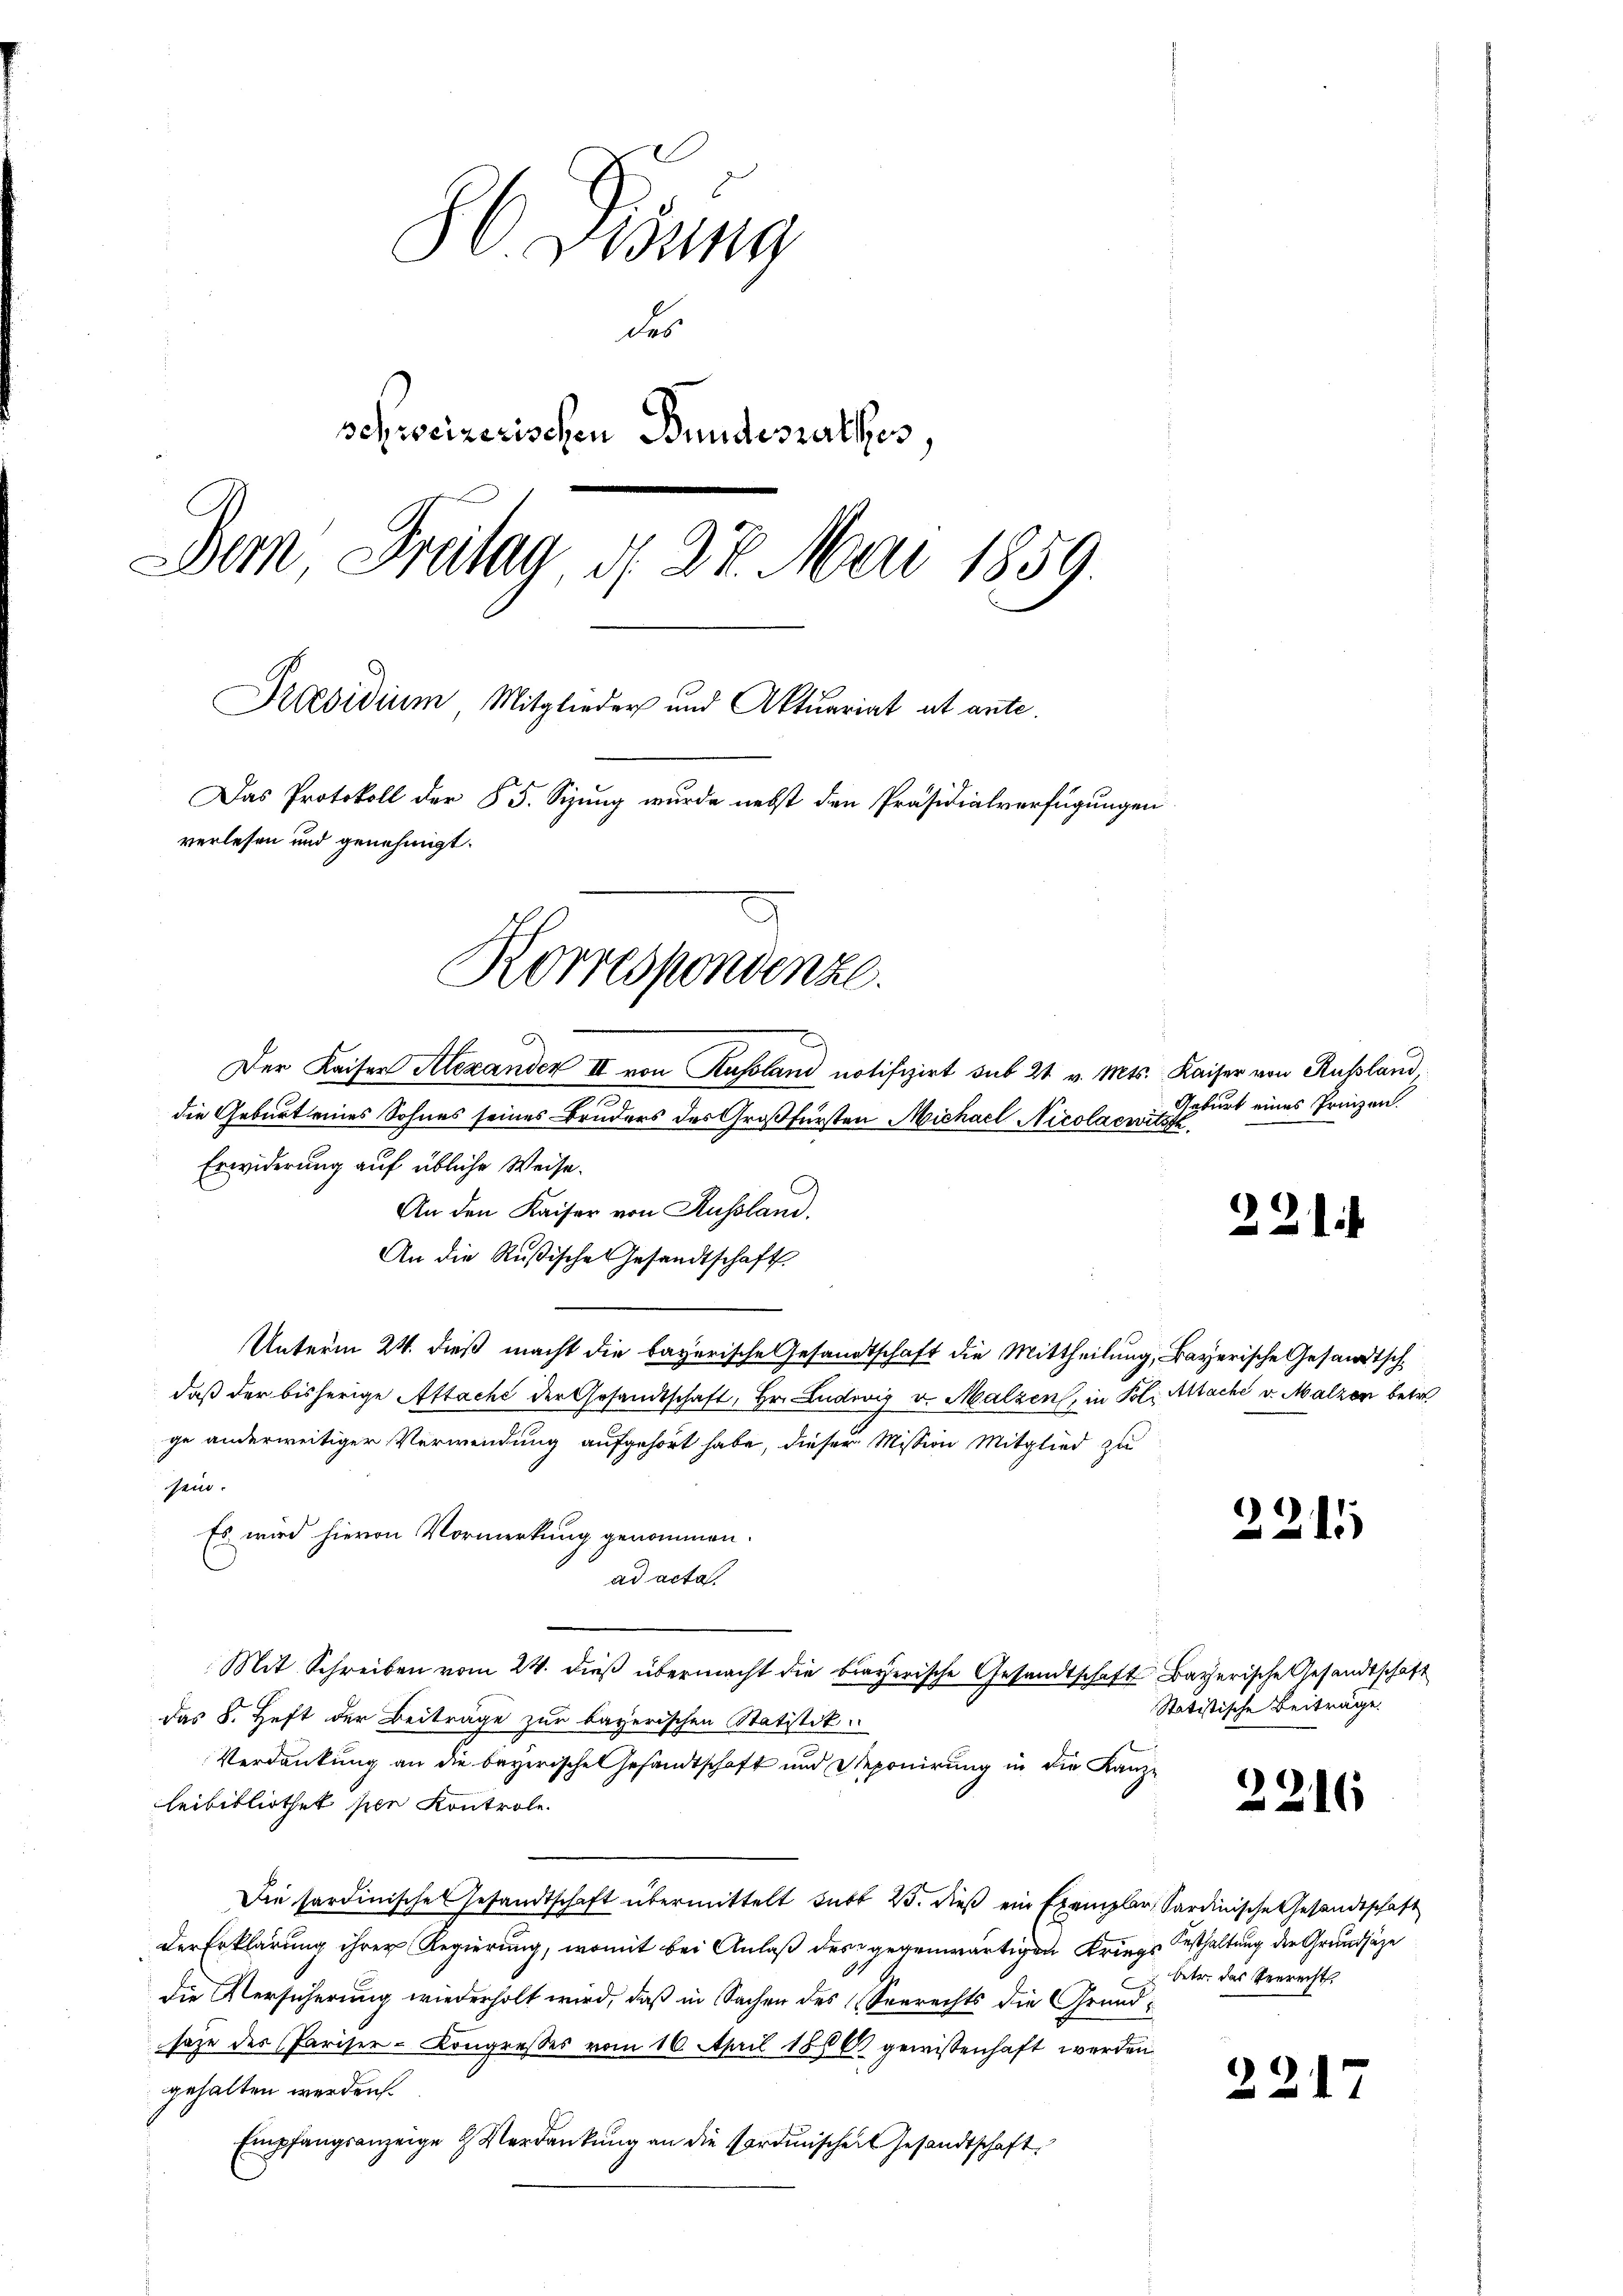
86 Pisung
des
schweizerischen Bundesrathes,
Dem Freitag, d. 27. Mai 1859.
Praesidium, Mitglieder und Aktuariat et ante.
Das Protokoll der 65. Sizung wurde nebst den Präsidialverfügungen
verlesen und genehmigt.
Korrespondenze.

73.
die Geburt eines Sohnes seines Bruders des Großfürsten Michael Nicolaewitzth
Erwiderung auf übliche Weise.
An den Kaiser von Russland.
An die Rußisches Gesandtschaft
Unterm 24. dieß macht die bayerische Gesandtschaft die Mittheilung, Bayerische Gesandtsch
daß der bisherige Attache der Gesandtschaft, Hr. Ludwig v. Malzen, in Pol. Mache v. Malzen betr
ge anderweitiger Verwendung aufgehört habe, dieser Mission Mitglied zu
sein.
Es wird hievon Vormerkung genommen.
ad acta
Mit Schreiben vom 24. dieß übermacht die braverische Gesandtschaft Bayerische Gesandtschaft
das 8. Heft der Beiträge zur bayerischen Statistik.
Verdankung an die bayerische Gesandtschaft und Deponirung in die Kanzleibibliothet sie Kontrole.
Die sardinische Gesandtschaft übermittelt subt 25. dieß ein Exemplar Sardinische Gesandtschaft
der Erklärung ihrer Regierung, womit bei Anlaß der gegenwärtigen Kriegs festhaltung der Grundsätze
die Versicherung wiederholt wird, daß in Sachen des Seerechts die Grundsage des Pariser-Kongresses vom 16. April 1866 gewissenhaft werden
gehalten werden.
Empfangsanzeige & Verdankung an die Fordinischen Gesandtschaft

Der Kaiser Alexanden II von Russland notifizirt sub 21. v. Mts. Kaiser von Russland,

Geburt eines Prinzen.

221

2211

Statistische Beiträge.

2216

betr. das Verrecht.

23

47